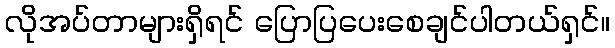
လိုအပ်တာများရှိရင် ပြောပြပေးစေချင်ပါတယ်ရှင်။